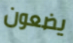
يضعون